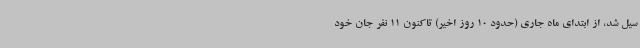
سیل شد، از ابتدای ماه جاری (حدود 10 روز اخیر) تاکنون 11 نفر جان خود